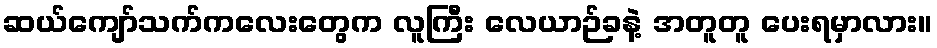
ဆယ်ကျော်သက်ကလေးတွေက လူကြီး လေယာဉ်ခနဲ့ အတူတူ ပေးရမှာလား။